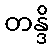
တန္ဒိ